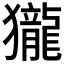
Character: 𪚓